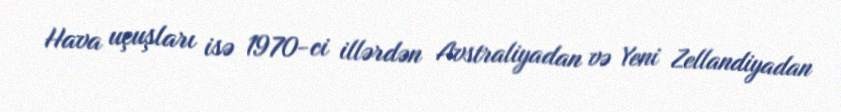
Hava uçuşları isə 1970-ci illərdən Avstraliyadan və Yeni Zellandiyadan